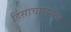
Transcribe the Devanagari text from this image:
हिंसाचारानंतर